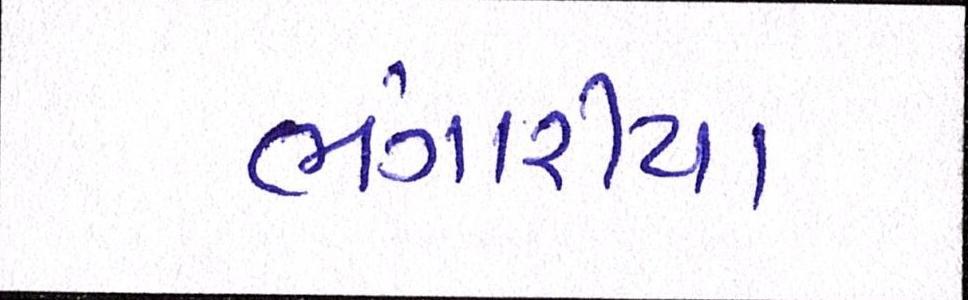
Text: ભંગારીયા